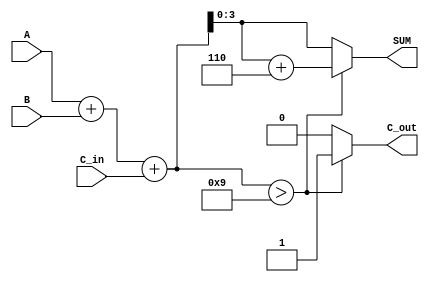
module BCD_Asynchronous_Adder (
    input  [3:0] A,       // First BCD digit
    input  [3:0] B,       // Second BCD digit
    input        C_in,     // Carry-in
    output reg [3:0] SUM,  // BCD sum output
    output reg C_out       // Carry-out
);

// Internal signals
wire [4:0] S; // 5-bit sum to accommodate possible carry
wire need_correction; // Signal to indicate if correction is needed

// Binary sum of A, B, and C_in
assign S = A + B + C_in;

// Determine if correction is needed (S > 9)
assign need_correction = (S > 5'b01001);

// Combinational logic to compute the final SUM and C_out
always @(*) begin
    if (need_correction) begin
        SUM = S[3:0] + 4'b0110; // Add 6 to S
        C_out = 1;              // Set carry out
    end else begin
        SUM = S[3:0];           // No correction needed
        C_out = 0;              // No carry out
    end
end

endmodule